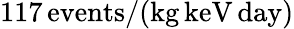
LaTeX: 117\, \mathrm{events}/(\mathrm{kg}\, \mathrm{keV}\, \mathrm{day})